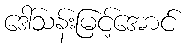
ဒေါ်သန်းမြင့်အောင်